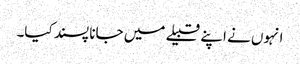
انہوں نے اپنے قبیلے میں جانا پسند کیا۔